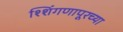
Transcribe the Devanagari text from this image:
श्शिंगणापूरच्या